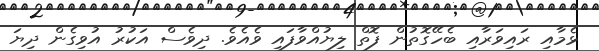
ޅެމާއި ރައިވަރާއި ބެހޭގޮތުން ފޮތް ލިޔުއްވާފައި ވެއެވެ. ދިވެސް އަކުރު އުވިގެން ދިޔަ